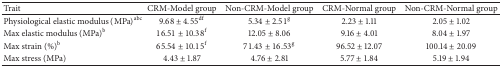
| Trait | CRM-Model group | Non-CRM-Model group | CRM-Normal group | Non-CRM-Normal group |
 | --- | --- | --- | --- | --- |
 | Physiological elastic modulus (MPa)abc | 9.68 ± 4.55df | 5.34 ± 2.51g | 2.23 ± 1.11 | 2.05 ± 1.02 |
 | Max elastic modulus (MPa)b | 16.51 ± 10.38f | 12.05 ± 8.06 | 9.16 ± 4.01 | 8.04 ± 1.97 |
 | Max strain (%)b | 65.54 ± 10.15f | 71.43 ± 16.53g | 96.52 ± 12.07 | 100.14 ± 20.09 |
 | Max stress (MPa) | 4.43 ± 1.87 | 4.76 ± 2.81 | 5.77 ± 1.84 | 5.19 ± 1.94 |